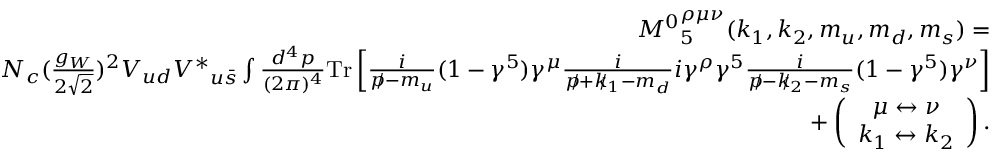
\begin{array} { r l r } & { } & { { M ^ { 0 } } _ { 5 } ^ { \rho \mu \nu } ( k _ { 1 } , k _ { 2 } , m _ { u } , m _ { d } , m _ { s } ) = } \\ & { } & { N _ { c } ( \frac { g _ { W } } { 2 \sqrt { 2 } } ) ^ { 2 } V _ { u d } { V ^ { \ast } } _ { u \bar { s } } \int \frac { d ^ { 4 } p } { ( 2 \pi ) ^ { 4 } } \mathrm { { T r } } \left[ \frac { i } { p \! \! \! / - m _ { u } } ( 1 - \gamma ^ { 5 } ) \gamma ^ { \mu } \frac { i } { p \! \! \! / + k \! \! \! / _ { 1 } - m _ { d } } i \gamma ^ { \rho } \gamma ^ { 5 } \frac { i } { p \! \! \! / - k \! \! \! / _ { 2 } - m _ { s } } ( 1 - \gamma ^ { 5 } ) \gamma ^ { \nu } \right] } \\ & { } & { + \left( \begin{array} { c } { \mu \leftrightarrow \nu } \\ { k _ { 1 } \leftrightarrow k _ { 2 } } \end{array} \right) . } \end{array}